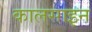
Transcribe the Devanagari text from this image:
कालसाइन